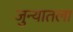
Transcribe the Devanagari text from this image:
जुन्यातला